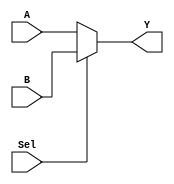
`timescale 1ns / 1ps

/*------------------------------------------------
 * Module:    2:1 MUX
 -----------------------------------------------*/
 
 /************************************************ 
 // [INPUTS]
 // Data lines:		A, B (8-bit)
 // Select line:		Sel
 
 // [OUTPUTS]
 // MUX Selection:	Y (8-bit)
 ************************************************/

module MUX2To1(
	input [7:0] A,B,
	input Sel,
	output [7:0] Y
);

	assign Y = (Sel) ? B : A;

endmodule